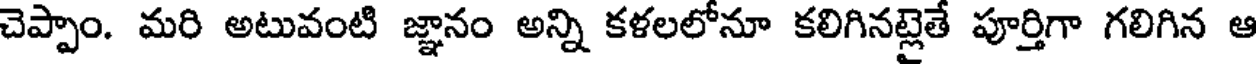
చెప్పాం. మరి అటువంటి జ్ఞానం అన్ని కళలలోనూ కలిగినట్లైతే పూర్తిగా గలిగిన ఆ